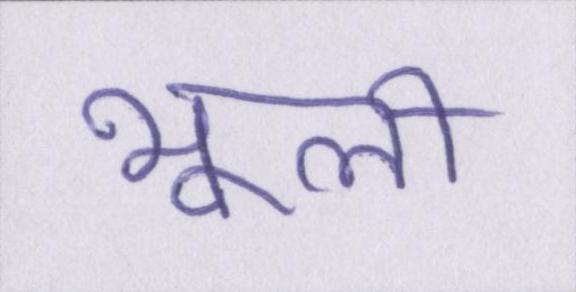
भूली